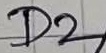
Text: D2